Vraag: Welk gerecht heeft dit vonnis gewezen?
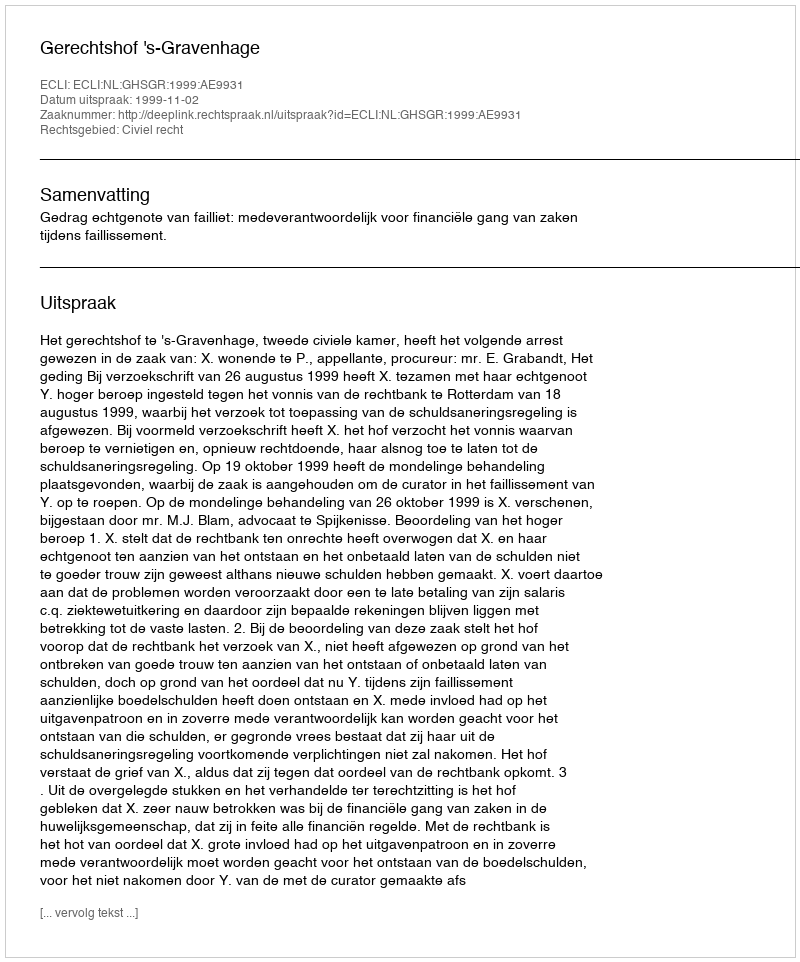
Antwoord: Gerechtshof 's-Gravenhage